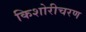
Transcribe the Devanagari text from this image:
किशोरीचरण